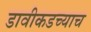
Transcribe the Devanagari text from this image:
डावीकडच्याच